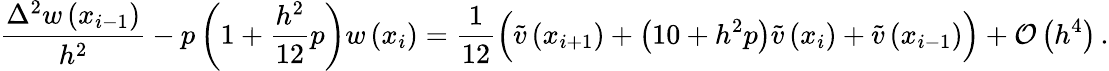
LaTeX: \frac{{\Delta}^{2}w\left({x}_{i-1}\right)}{{h}^{2}}-{p}\left(1+\frac{{h}^{2}}{12}{p}\right)w\left({x}_{i}\right)=\frac{1}{12}\Bigl(\tilde{v}\left({x}_{i+1}\right)+\left(10+{h}^{2}{p}\right)\tilde{v}\left({x}_{i}\right)+\tilde{v}\left({x}_{i-1}\right)\Bigr)+\mathcal{O}\left({h}^{4}\right)\, .